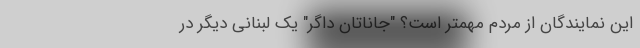
این نمایندگان از مردم مهمتر است؟ "جاناتان داگر" یک لبنانی دیگر در